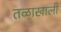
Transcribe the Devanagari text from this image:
तळाखाली